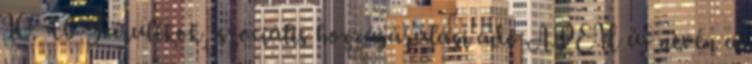
10. Tb-Járulékok, szociális hozzájárulási adó APEH új nevén a